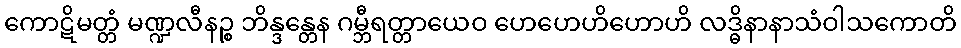
ကောဋိမတ္တံ မဏ္ဍလီနဉ္စ ဘိန္ဒန္တေန ဂမ္ဘီရတ္တာယေဝ ဟေဟေဟိဟောဟိ လဒ္ဓိနာနာသံဝါသကောတိ